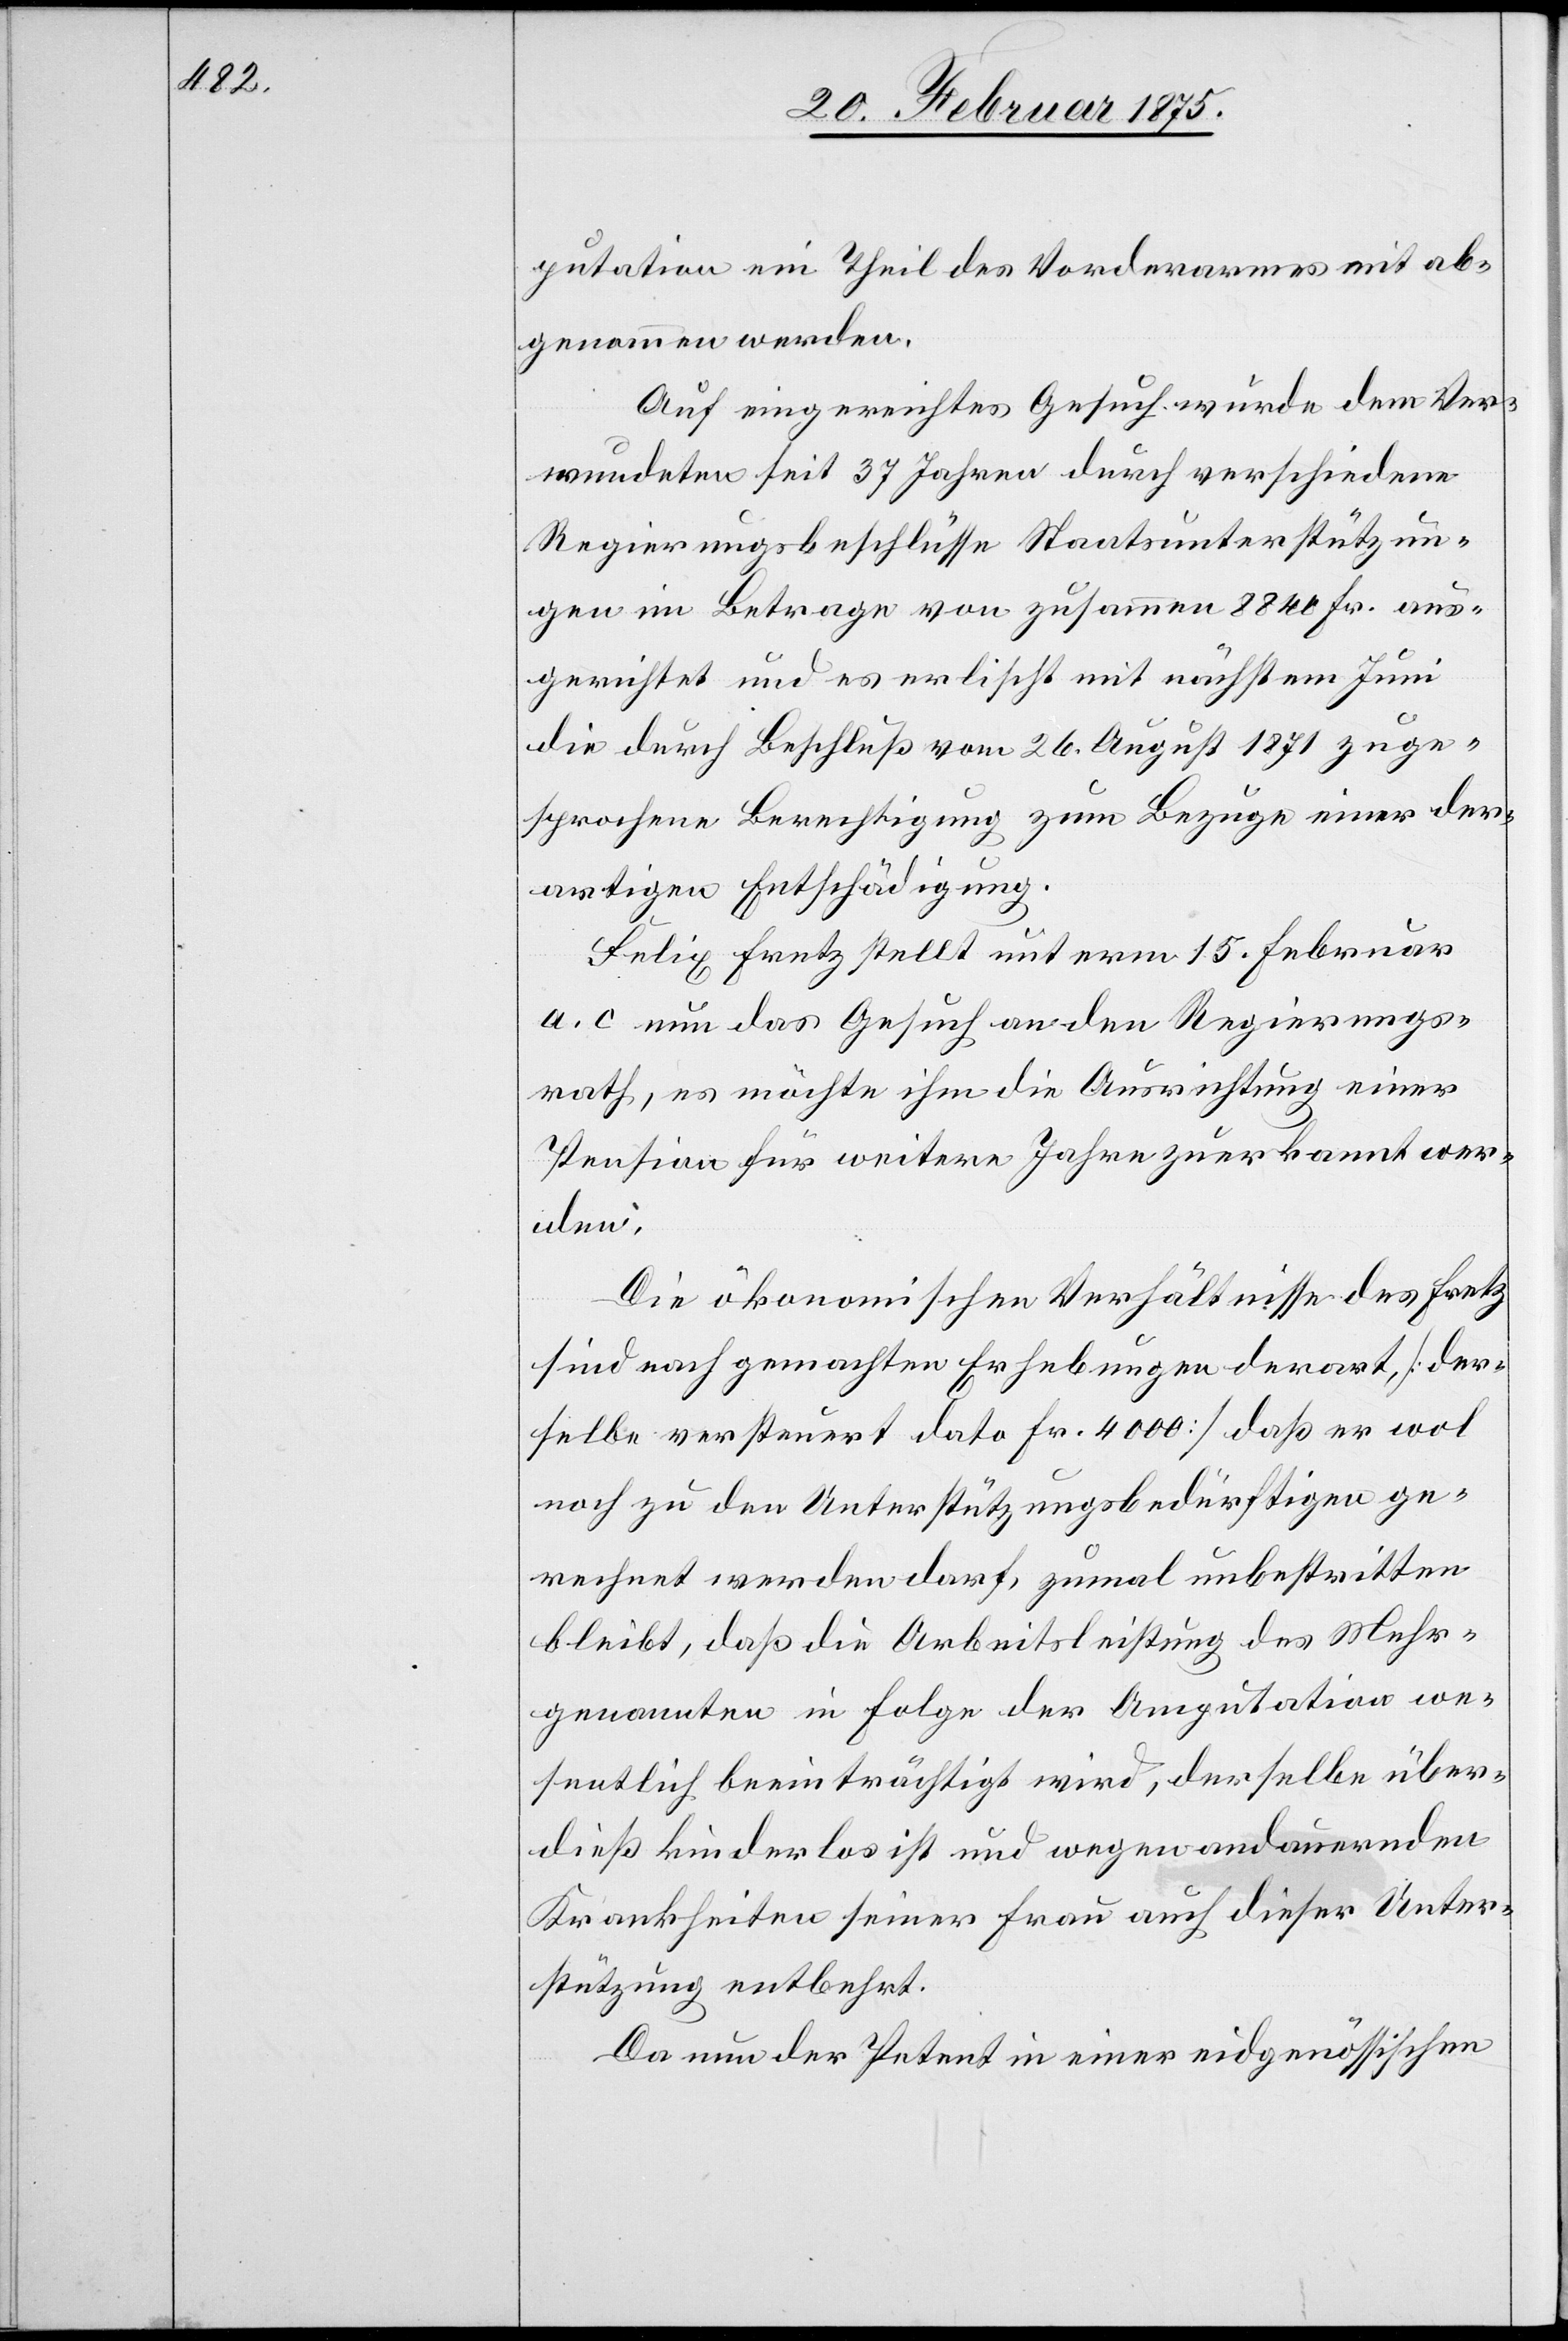
putation ein Theil des Vorderarmes mit ab¬
genommen werden.
Auf eingereichtes Gesuch wurde dem Ver¬
wundeten seit 37 Jahren durch verschiedene
Regierungsbeschlüsse Staatsunterstützun¬
gen im Betrage von zusammen 8840 Fr. aus¬
gerichtet und es erlischt mit nächstem Juni
die durch Beschluß vom 26. August 1871 zuge¬
sprochene Berechtigung zum Bezuge einer der¬
artigen Entschädigung.
Felix Fretz stellt unterm 15. Februar
a. c. nun das Gesuch an den Regierungs¬
rath, es möchte ihm die Ausrichtung einer
Pension für weitere Jahre zuerkannt wer¬
den.
Die ökonomischen Verhältnisse des Fretz
sind nach gemachten Erhebungen derart, (der¬
selbe versteuert dato Fr. 4000) daß er wol
noch zu den Unterstützungsbedürftigen ge¬
rechnet werden darf, zumal unbestritten
bleibt, daß die Arbeitsleistung des Mehr¬
genannten in Folge der Amputation we¬
sentlich beeinträchtigt wird, derselbe über¬
dieß kinderlos ist und wegen andauernden
Krankheiten seiner Frau auch dieser Unter¬
stützung entbehrt.
Da nun der Petent in einer eidgenössischen